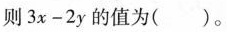
则$$3 x - 2 y$$的值为( )。